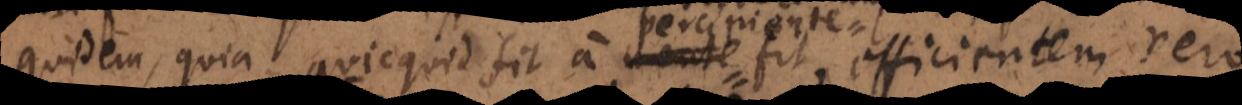
quidem, quia quicquid fit a mente fit, efficientem vero